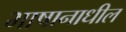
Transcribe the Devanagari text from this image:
भाषानाधील